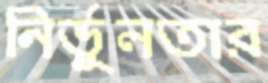
নির্ভুলতার